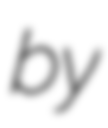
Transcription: by